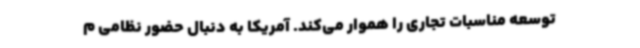
توسعه مناسبات تجاری را هموار می‌کند. آمریکا به دنبال حضور نظامی م